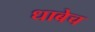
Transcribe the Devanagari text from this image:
धाबेच